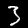
Digit: 3